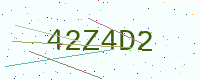
Text: 42Z4D2